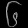
Digit: ၆